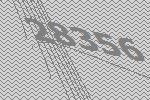
28356